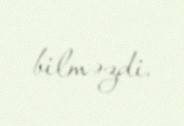
bilməzdi.